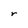
Character: r